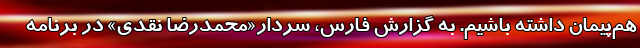
هم‌پیمان داشته باشیم. به گزارش فارس،‌ سردار«محمدرضا نقدی» در برنامه